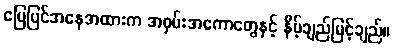
မြေပြင်အနေအထားက အဝှမ်းအကောတွေနှင့် နိမ့်ချည်မြင့်ချည်။